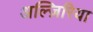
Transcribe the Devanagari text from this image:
अल्ज़िरिया